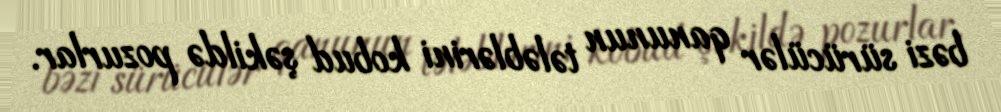
bəzi sürücülər qanunun tələblərini kobud şəkildə pozurlar.